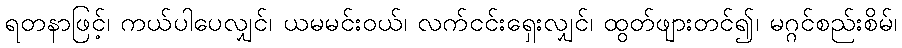
ရတနာဖြင့်၊ ကယ်ပါပေလျှင်၊ ယမမင်းဝယ်၊ လက်ငင်းရှေးလျှင်၊ ထွတ်ဖျားတင်၍၊ မဂ္ဂင်စည်းစိမ်၊